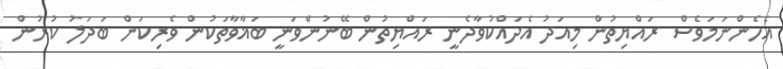
އެހެންނަމަވެސް ރައްޔިތުން މިއަދު އެދައްކުވާދެނީ ރައްޔިތުން ބޭނުންވަނީ ބަޣާވާތަކުން ވެރިކަން ބަދަލު ކުރުން